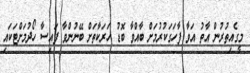
މީގެއިތުރުން އާތު އަވާ ފާހަގަކުރުމަށް ބާއްވާ ބޮޑު ހަރަކާތަށް ބޭނުންވާ ފައިސާ ހޯދުމަށްޓަކައި